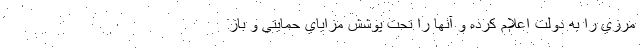
مرزي را به دولت اعلام كرده و آنها را تحت پوشش مزاياي حمايتي و باز